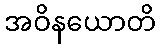
အဝိနယောတိ